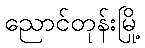
ညောင်တုန်းမြို့